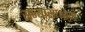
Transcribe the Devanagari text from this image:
सन्यासाश्राम